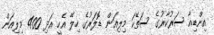
އިންޑިއާ ސަރުކާރުގެ ސަތޭކަ މިލިއަން ޑޮލަރުގެ ހިލޭ އެހީ އަދި 400 މިލިއަން